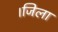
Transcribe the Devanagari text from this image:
।जिला